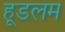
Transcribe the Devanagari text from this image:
हूडलम